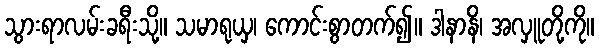
သွားရာလမ်းခရီးသို့။ သမာရုယှ၊ ကောင်းစွာတက်၍။ ဒါနာနိ၊ အလှူတို့ကို။